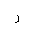
Letter: _ra